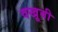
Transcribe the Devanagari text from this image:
वखूबी